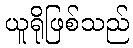
ယူရိုဖြစ်သည်